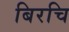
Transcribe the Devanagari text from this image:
बिरचि